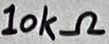
Text: 10kΩ